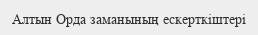
Алтын Орда заманының ескерткіштері